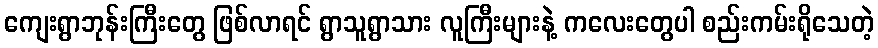
ကျေးရွာဘုန်းကြီးတွေ ဖြစ်လာရင် ရွာသူရွာသား လူကြီးများနဲ့ ကလေးတွေပါ စည်းကမ်းရိုသေတဲ့